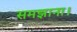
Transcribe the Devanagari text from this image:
समझाना।